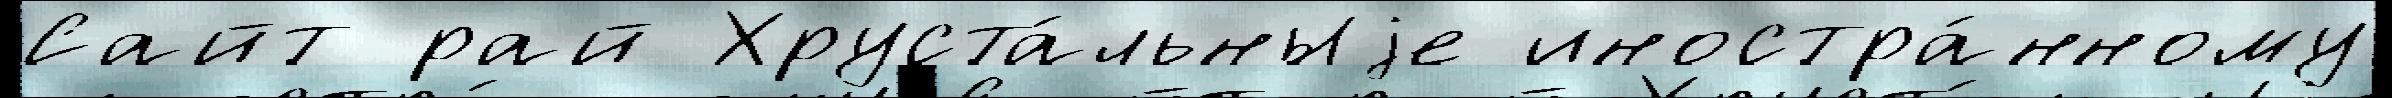
Сайт рай Хруста́льныjе иностра́нному